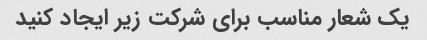
یک شعار مناسب برای شرکت زیر ایجاد کنید